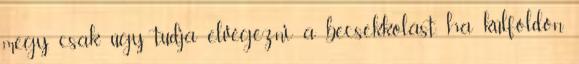
megy, csak úgy tudja elvégezni a becsekkolást, ha külföldön